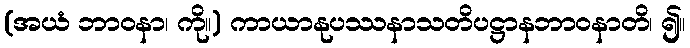
(အယံ ဘာဝနာ၊ ကို။) ကာယာနုပဿနာသတိပဋ္ဌာနဘာဝနာတိ၊ ၍။